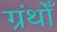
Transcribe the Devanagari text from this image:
ग्रंथोँ